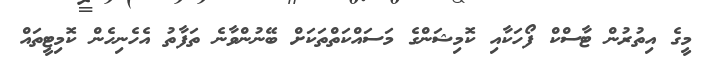
މީގެ އިތުރުން ޓާސްކް ފޯހަކާއި ކޮމިޝަންގެ މަސައްކަތްތަކަށް ބޭނުންވާނެ ތަފާތު އެހެނިހެން ކޮމިޓީތައް